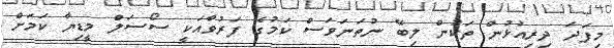
މިފަދަ ދިރިއުޅުން ތަކުން ލިބޭ ނުތަނަވަސް ކަމުގެ ފަރުވާއަކީ ސޯސަލް މީޑިޔާ ކަމަށް